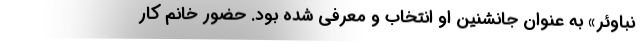
نباوئر» به عنوان جانشنین او انتخاب و معرفی شده بود. حضور خانم کار